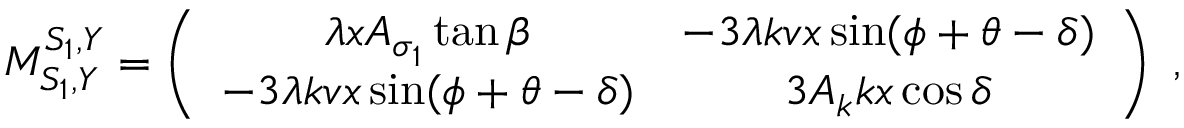
M _ { S _ { 1 } , Y } ^ { S _ { 1 } , Y } = \left( \begin{array} { c c } { { \lambda x A _ { \sigma _ { 1 } } \tan \beta } } & { { - 3 \lambda k v x \sin ( \phi + \theta - \delta ) } } \\ { { - 3 \lambda k v x \sin ( \phi + \theta - \delta ) } } & { { 3 A _ { k } k x \cos \delta } } \end{array} \right) \; ,